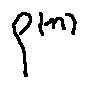
f ^ { ( n ) }